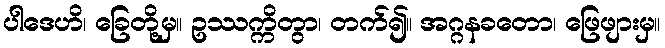
ပါဒေဟိ၊ ခြေတို့မှ။ ဥဿက္ကိတွာ၊ တက်၍။ အဂ္ဂနခတော၊ ဖြေဖျားမှ။